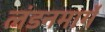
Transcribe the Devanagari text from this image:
लंडनमार्गे